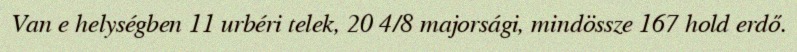
Van e helységben 11 urbéri telek, 20 4/8 majorsági, mindössze 167 hold erdő.